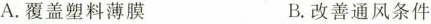
A.覆盖塑料薄膜 B.改善通风条件